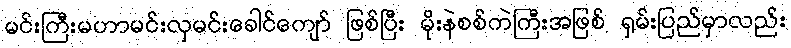
မင်းကြီးမဟာမင်းလှမင်းခေါင်ကျော် ဖြစ်ပြီး မိုးနဲစစ်ကဲကြီးအဖြစ် ရှမ်းပြည်မှာလည်း